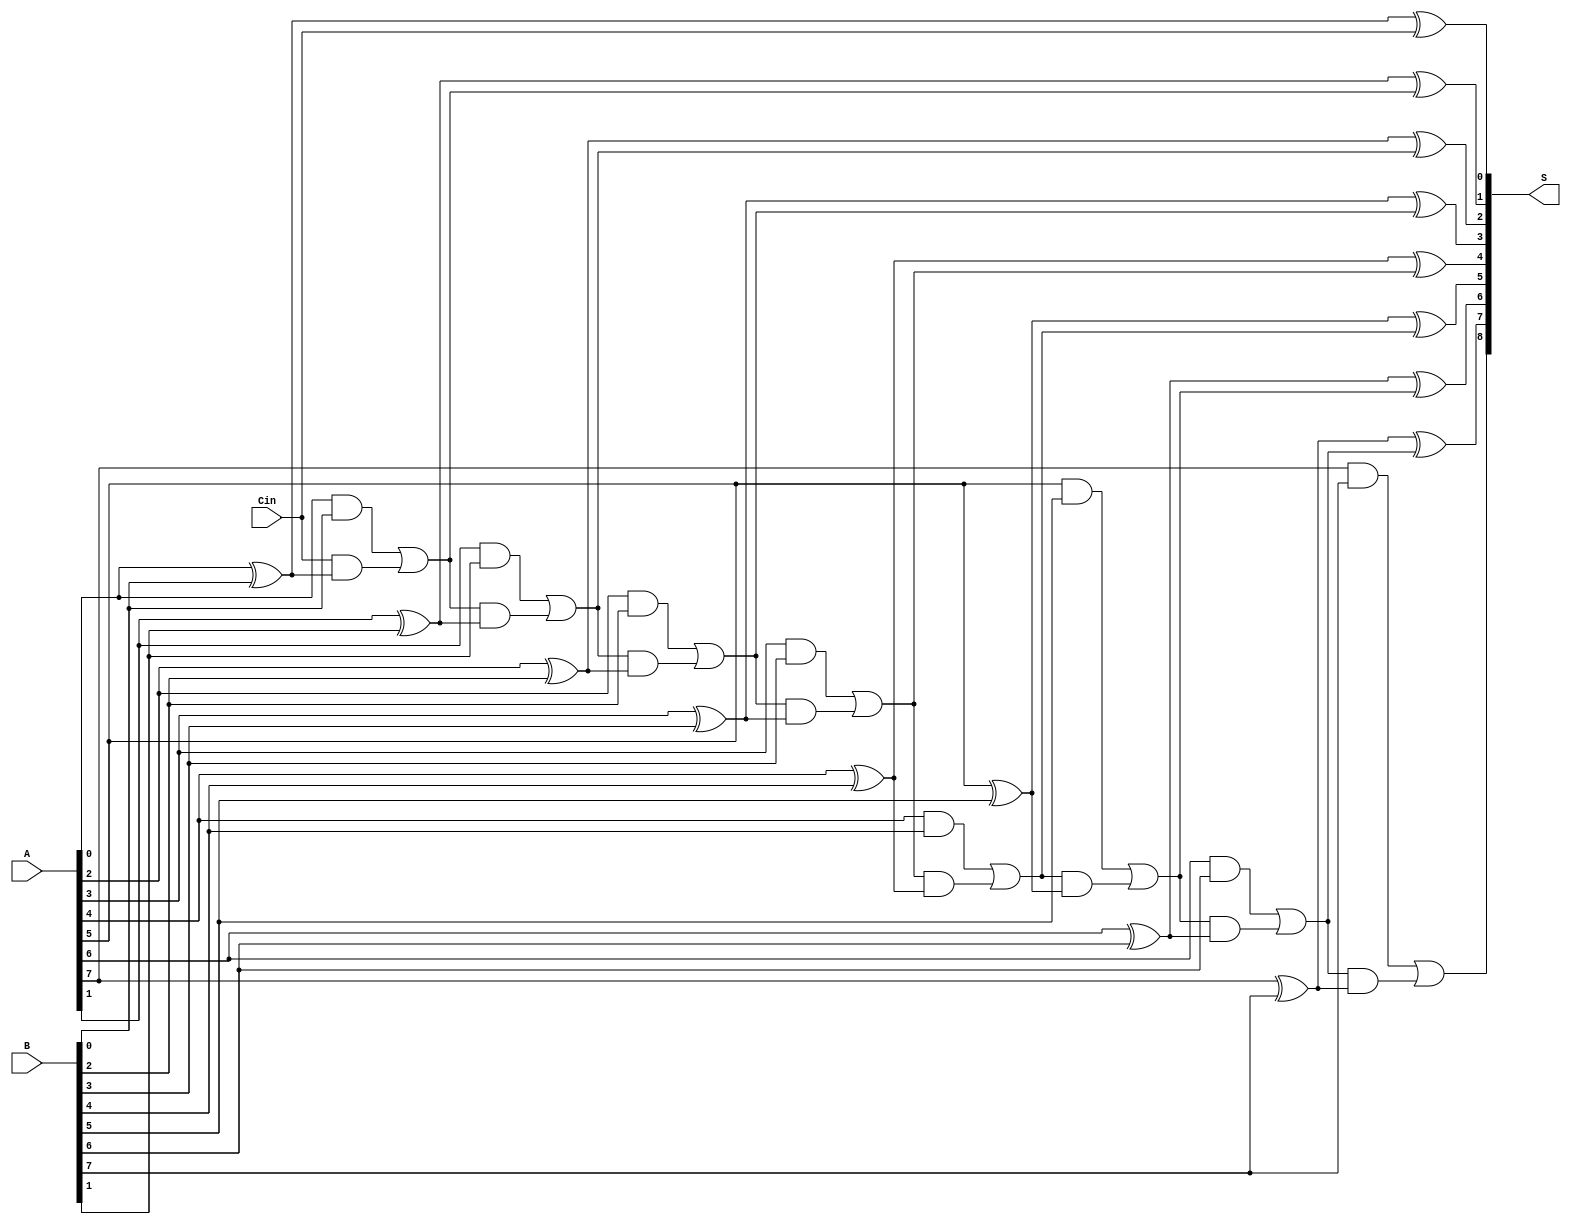
module PrecomputationCarryAdder #(
    parameter N = 8 // Define the bit-width of the adder
)(
    input  [N-1:0] A,      // First N-bit input
    input  [N-1:0] B,      // Second N-bit input
    input         Cin,      // Carry input
    output [N:0] S         // (N+1)-bit output: Sum and Carry out
);

    wire [N:0] carry; // Carry signals for each bit position
    wire [N-1:0] sum; // Sum signals for each bit position

    // Precomputation of carry values
    assign carry[0] = Cin; // Initial carry is the input carry
    genvar i;
    generate
        for (i = 0; i < N; i = i + 1) begin : carry_gen
            // Calculate carry for each bit position
            assign carry[i + 1] = (A[i] & B[i]) | (carry[i] & (A[i] ^ B[i]));
            // Calculate sum for each bit position
            assign sum[i] = A[i] ^ B[i] ^ carry[i];
        end
    endgenerate

    // Final output: Concatenate sum and carry out
    assign S = {carry[N], sum}; // S[N] is the carry out, S[N-1:0] is the sum

endmodule